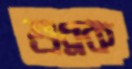
শুধ্‌রক